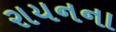
રાયનના